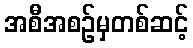
အစီအစဉ်မှတစ်ဆင့်